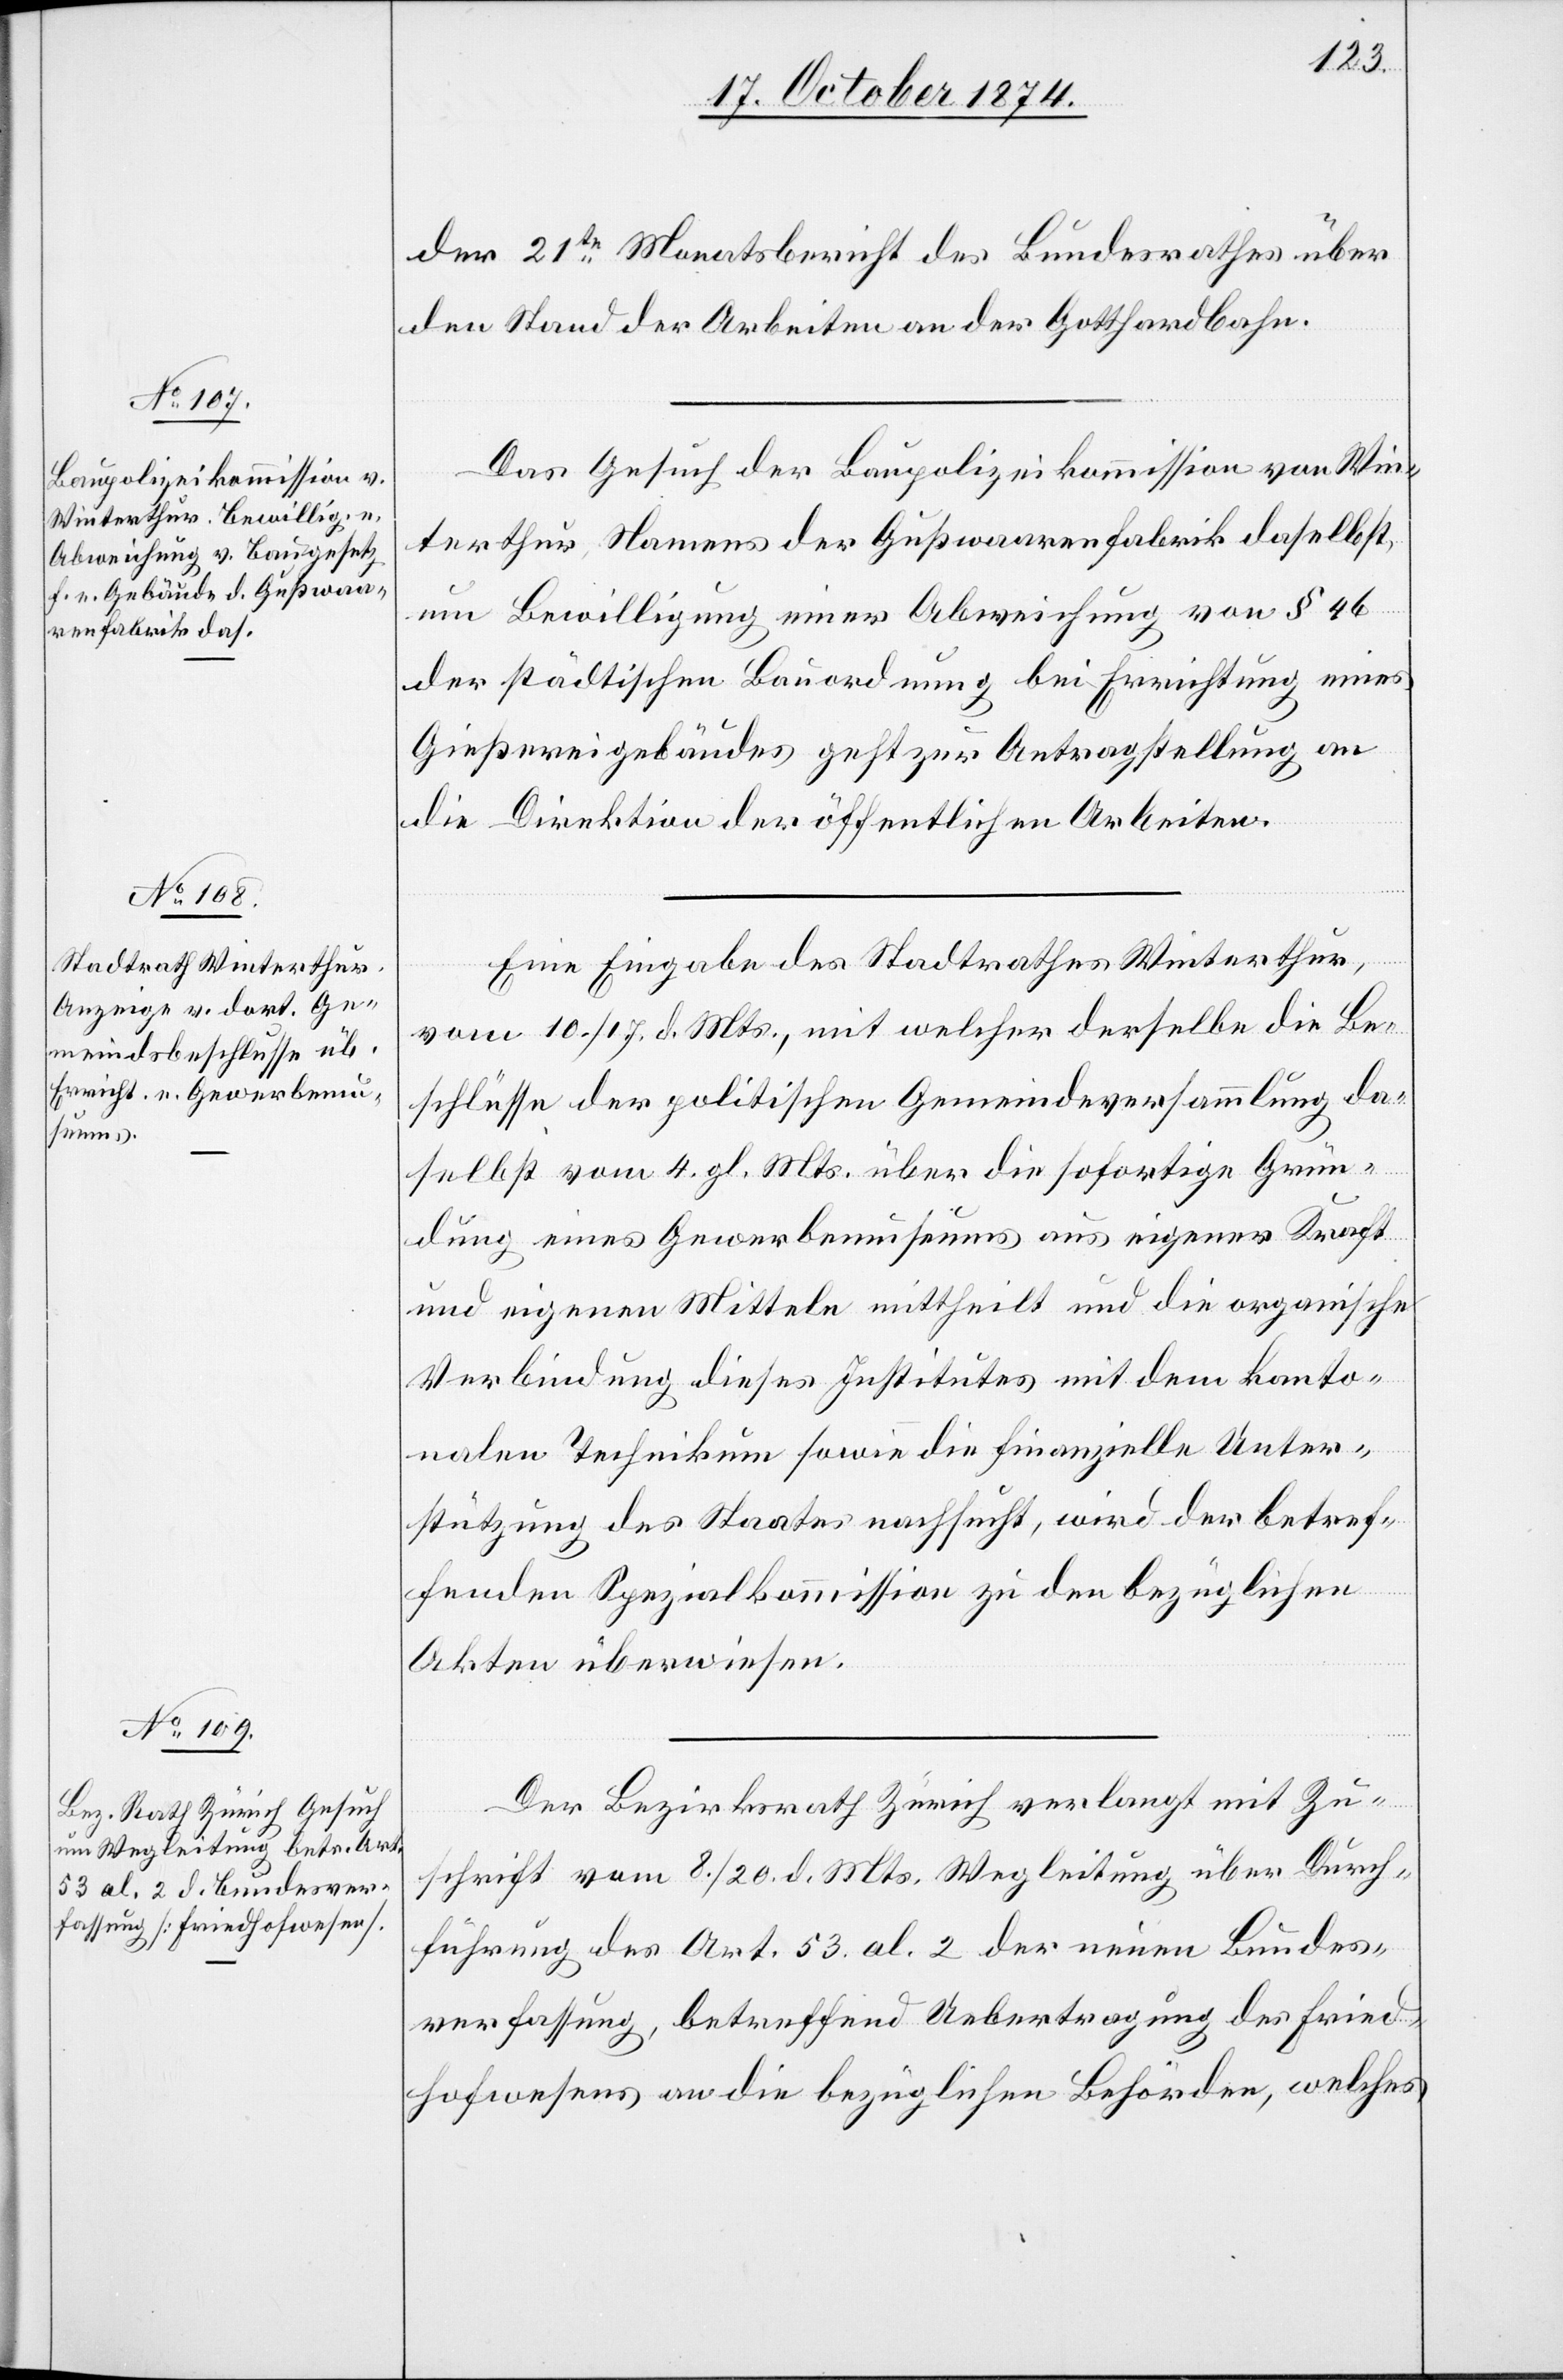
20. October 1874.]
der 21te Monatsbericht des Bundesrathes über
den Stand der Arbeiten an der Gotthardbahn.
Das Gesuch der Baupolizeikommission von Win¬
terthur, Namens der Gußwaarenfabrik daselbst,
um Bewilligung einer Abweichung von § 46
der städtischen Bauordnung bei Errichtung eines
Gießereigebäudes geht zur Antragstellung an
die Direktion der öffentlichen Arbeiten.
Eine Eingabe des Stadtrathes Winterthur,
vom 10./17. d. Mts., mit welcher derselbe die Be¬
schlüsse der politischen Gemeindeversammlung da¬
selbst vom 4. gl. Mts. über die sofortige Grün¬
dung eines Gewerbemuseums aus eigener Kraft
und eigenen Mitteln mittheilt und die organische
Verbindung dieses Institutes mit dem kanto¬
nalen Technikum sowie die finanzielle Unter¬
stützung des Staates nachsucht, wird der betref¬
fenden Spezialkommission zu den bezüglichen
Akten überwiesen.
Der Bezirksrath Zürich verlangt mit Zu¬
schrift vom 8./20. d. Mts. Wegleitung über Durch¬
führung des Art. 53 al. 2 der neuen Bundes¬
verfassung, betreffend Uebertragung des Fried¬
hofwesens an die bezüglichen Behörden, welches